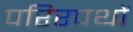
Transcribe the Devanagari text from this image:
परिरपथों